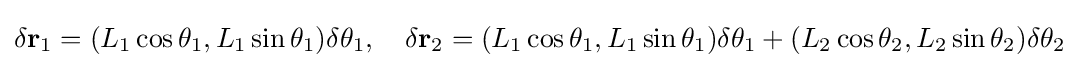
\delta \mathbf {r} _{1}=(L_{1}\cos \theta _{1},L_{1}\sin \theta _{1})\delta \theta _{1},\quad \delta \mathbf {r} _{2}=(L_{1}\cos \theta _{1},L_{1}\sin \theta _{1})\delta \theta _{1}+(L_{2}\cos \theta _{2},L_{2}\sin \theta _{2})\delta \theta _{2}